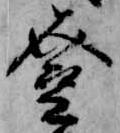
登